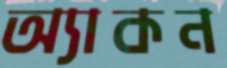
অ্যাকন